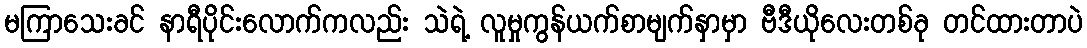
မကြာသေးခင် နာရီပိုင်းလောက်ကလည်း သဲရဲ့ လူမှုကွန်ယက်စာမျက်နှာမှာ ဗီဒီယိုလေးတစ်ခု တင်ထားတာပဲ